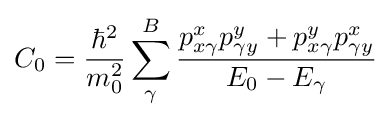
C_{0}={\frac {\hbar ^{2}}{m_{0}^{2}}}\sum _{\gamma }^{B}{\frac {p_{x\gamma }^{x}p_{\gamma y}^{y}+p_{x\gamma }^{y}p_{\gamma y}^{x}}{E_{0}-E_{\gamma }}}